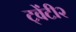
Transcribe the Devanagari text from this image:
ट्वेंटी२